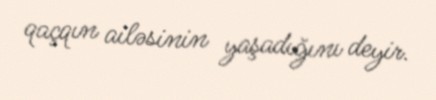
qaçqın ailəsinin yaşadığını deyir.